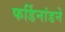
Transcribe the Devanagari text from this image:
फर्डिनांडने